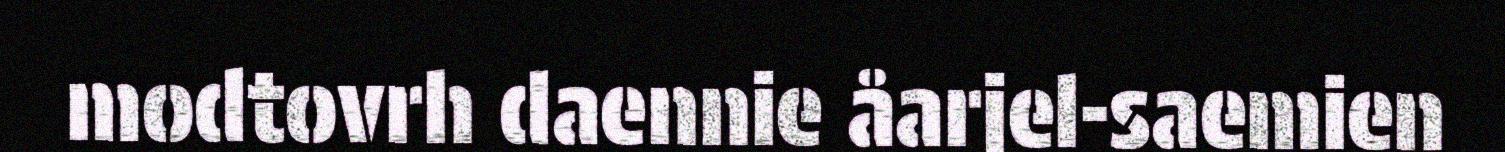
modtovrh daennie åarjel-saemien